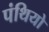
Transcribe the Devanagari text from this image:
पंथियो